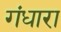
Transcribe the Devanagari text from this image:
गंधारा